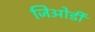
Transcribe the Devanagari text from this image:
जिओर्डी